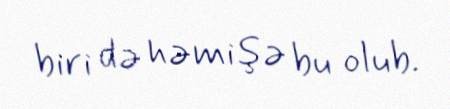
biri də həmişə bu olub.